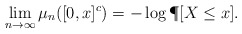
\begin{align*} \lim_{n\to\infty} \mu_n([0,x]^c) = -\log \P[X\le x] .\end{align*}